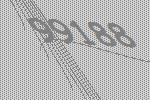
99188